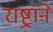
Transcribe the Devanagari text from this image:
राष्ट्रानेे